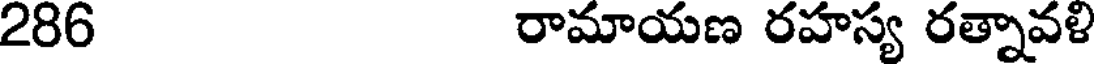
286 రామాయణ రహస్య రత్నావళి